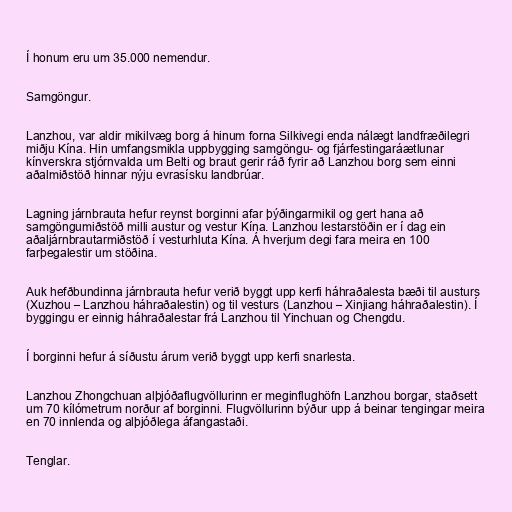
Í honum eru um 35.000 nemendur.

Samgöngur.

Lanzhou, var aldir mikilvæg borg á hinum forna Silkivegi enda nálægt landfræðilegri
miðju Kína. Hin umfangsmikla uppbygging samgöngu- og fjárfestingaráætlunar
kínverskra stjórnvalda um Belti og braut gerir ráð fyrir að Lanzhou borg sem einni
aðalmiðstöð hinnar nýju evrasísku landbrúar.

Lagning járnbrauta hefur reynst borginni afar þýðingarmikil og gert hana að
samgöngumiðstöð milli austur og vestur Kína. Lanzhou lestarstöðin er í dag ein
aðaljárnbrautarmiðstöð í vesturhluta Kína. Á hverjum degi fara meira en 100
farþegalestir um stöðina.

Auk hefðbundinna járnbrauta hefur verið byggt upp kerfi háhraðalesta bæði til austurs
(Xuzhou – Lanzhou háhraðalestin) og til vesturs (Lanzhou – Xinjiang háhraðalestin). Í
byggingu er einnig háhraðalestar frá Lanzhou til Yinchuan og Chengdu.

Í borginni hefur á síðustu árum verið byggt upp kerfi snarlesta.

Lanzhou Zhongchuan alþjóðaflugvöllurinn er meginflughöfn Lanzhou borgar, staðsett
um 70 kílómetrum norður af borginni. Flugvöllurinn býður upp á beinar tengingar meira
en 70 innlenda og alþjóðlega áfangastaði.

Tenglar.